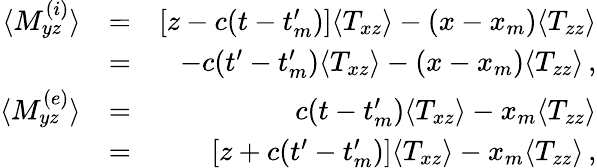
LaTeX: \begin{array}{rlr}{\langle M_{yz}^{(i)}\rangle}&{=}&{[z-c(t-t_{m}^{\prime})]\langle T_{xz}\rangle-(x-x_{m})\langle T_{zz}\rangle}\\ &{=}&{-c(t^{\prime}-t_{m}^{\prime})\langle T_{xz}\rangle-(x-x_{m})\langle T_{zz}\rangle\, ,}\\ {\langle M_{yz}^{(e)}\rangle}&{=}&{c(t-t_{m}^{\prime})\langle T_{xz}\rangle-x_{m}\langle T_{zz}\rangle}\\ &{=}&{[z+c(t^{\prime}-t_{m}^{\prime})]\langle T_{xz}\rangle-x_{m}\langle T_{zz}\rangle\, ,}\end{array}